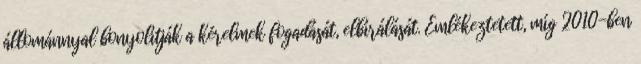
állománnyal bonyolítják a kérelmek fogadását, elbírálását. Emlékeztetett, míg 2010-ben